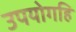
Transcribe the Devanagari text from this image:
उपयोगहि